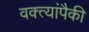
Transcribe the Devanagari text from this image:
वक्त्यांपैकी